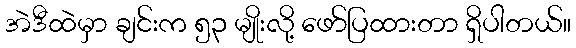
အဲဒီထဲမှာ ချင်းက ၅၃ မျိုးလို့ ဖော်ပြထားတာ ရှိပါတယ်။